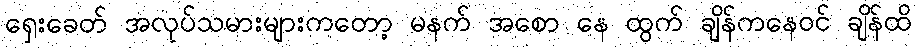
ရှေးခေတ် အလုပ်သမားများကတော့ မနက် အစော နေ ထွက် ချိန်ကနေဝင် ချိန်ထိ